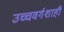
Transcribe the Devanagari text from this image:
उच्चवर्गशाही